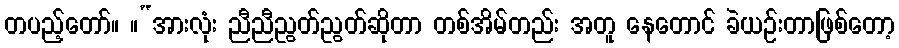
တပည့်တော်။ ။“အားလုံး ညီညီညွတ်ညွတ်ဆိုတာ တစ်အိမ်တည်း အတူ နေတောင် ခဲယဉ်းတာဖြစ်တော့